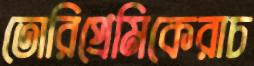
তোরিপ্রেমিকেরাচ